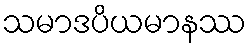
သမာဒပိယမာနဿ